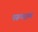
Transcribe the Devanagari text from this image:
परूषराम